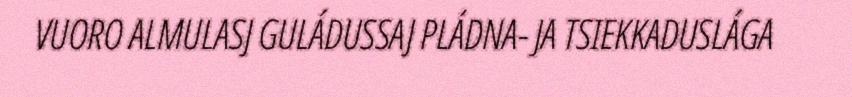
VUORO ALMULASJ GULÁDUSSAJ PLÁDNA- JA TSIEKKADUSLÁGA